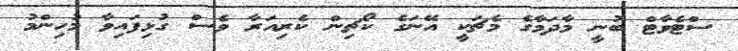
ސްޓެވާޓް ބުނީ މާދަމާގެ މެޗަކީ އޭނަގެ ކޯޗިން ކެރިއަރާ ވެސް ގުޅިފައިވާ މުހިންމު